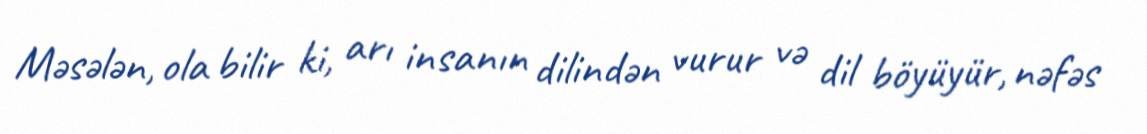
Məsələn, ola bilir ki, arı insanın dilindən vurur və dil böyüyür, nəfəs